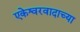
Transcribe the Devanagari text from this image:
एकेश्वरवादाच्या